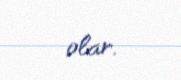
olar.